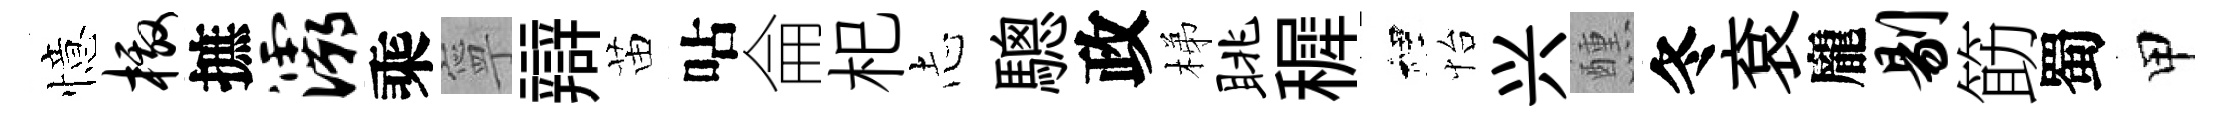
憶檄摭灞乘寧辯苗呫侖𣏌𢖽驄政梯眺穉裡怡兴醺冬袞龐剔筯蜀甲